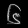
Digit: ၆